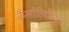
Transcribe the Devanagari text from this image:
कैलोरियोंवाली